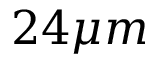
2 4 \mu m